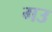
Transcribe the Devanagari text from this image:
गउ